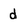
Character: d